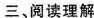
三、阅读理解